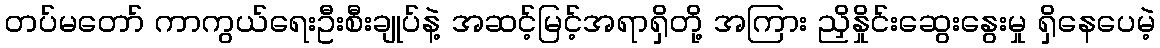
တပ်မတော် ကာကွယ်ရေးဦးစီးချုပ်နဲ့ အဆင့်မြင့်အရာရှိတို့ အကြား ညှိနှိုင်းဆွေးနွေးမှု ရှိနေပေမဲ့